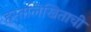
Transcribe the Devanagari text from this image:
हस्तलिखिताची